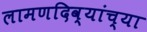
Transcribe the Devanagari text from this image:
लामणदिव्यांच्या